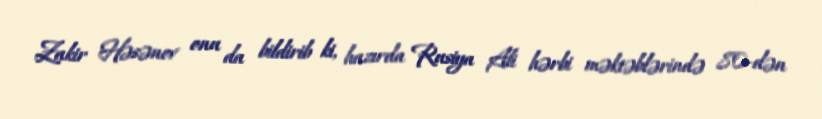
Zakir Həsənov onu da bildirib ki, hazırda Rusiya Ali hərbi məktəblərində 80-dən